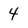
Character: 4